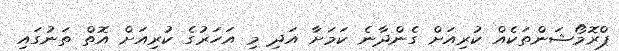
ޕްރޮމޯޝަންތަކެއް ކުރިއަށް ގެންދާނެ ކަމަށާ އަދި މި އަހަރުގެ ކުރިއަށް އޮތް ތަނުގައި